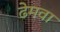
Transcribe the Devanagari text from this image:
ढेमवा